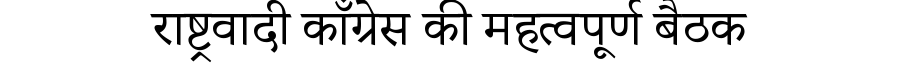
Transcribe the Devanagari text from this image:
राष्ट्रवादी काँग्रेस की महत्वपूर्ण बैठक